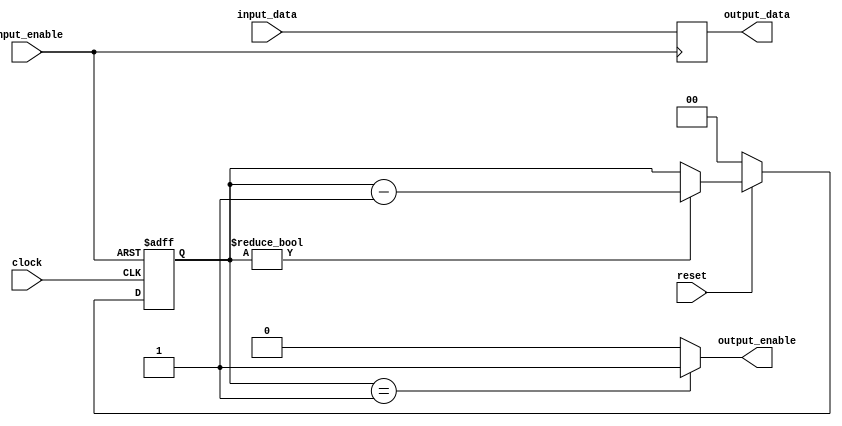
module bufferdomain #(parameter AW = 8)
	(
		input [AW-1:0] input_data,
		output reg [AW-1:0] output_data,
		input reset, // active low
		output reg output_enable,
		input clock,
		input input_enable);


	reg [1:0] counter;

	always @(posedge input_enable) begin
		if (input_enable) begin
			output_data <= input_data;
		end
	end

	always @(posedge input_enable or negedge clock) begin
		if (input_enable) begin
			counter <= 2;
		end else begin
			if (~reset) begin
				counter <= 0;
			end else begin
				if (counter != 0)
					counter <= counter - 1;
			end
		end
	end
	always @(*) begin
		if (counter == 1)
			output_enable = 1;
		else
			output_enable = 0;
	end

endmodule